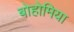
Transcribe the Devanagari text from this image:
बोहोमिया